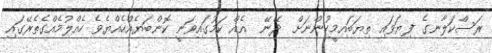
ރަސްކަލާނގެ ފިޔަވައި ތިޔަބައިމީހުންނަށް  ދޭނޭ  އެއް ކަމުގައިވަނީ ކޮންބަޔެއްހެއްޔެވެ ހެއްލުމެއްގެތެރޭގައި